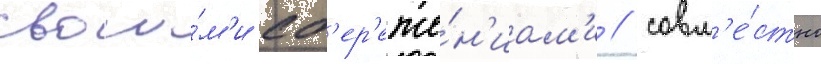
свои́м'и сб'ер'еже́н'иам'и / совм'е́стно